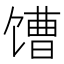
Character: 𩠎